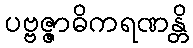
ပဗ္ဗဇ္ဇာဓိကရဏန္တိ